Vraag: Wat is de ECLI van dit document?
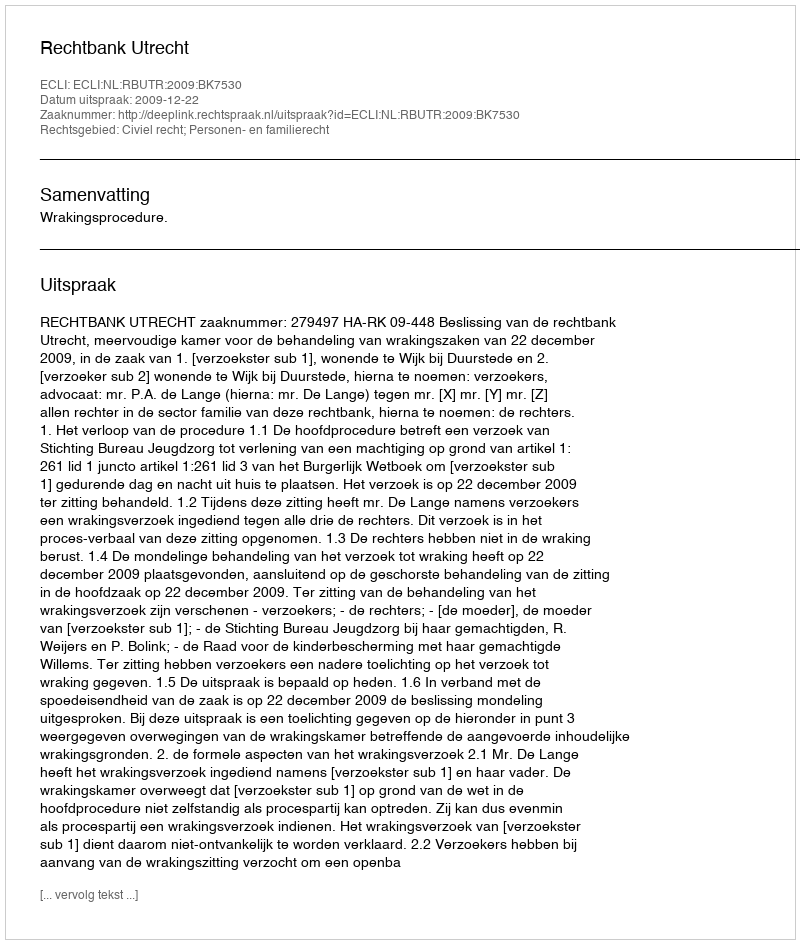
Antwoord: ECLI:NL:RBUTR:2009:BK7530